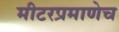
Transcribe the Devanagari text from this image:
मीटरप्रमाणेच